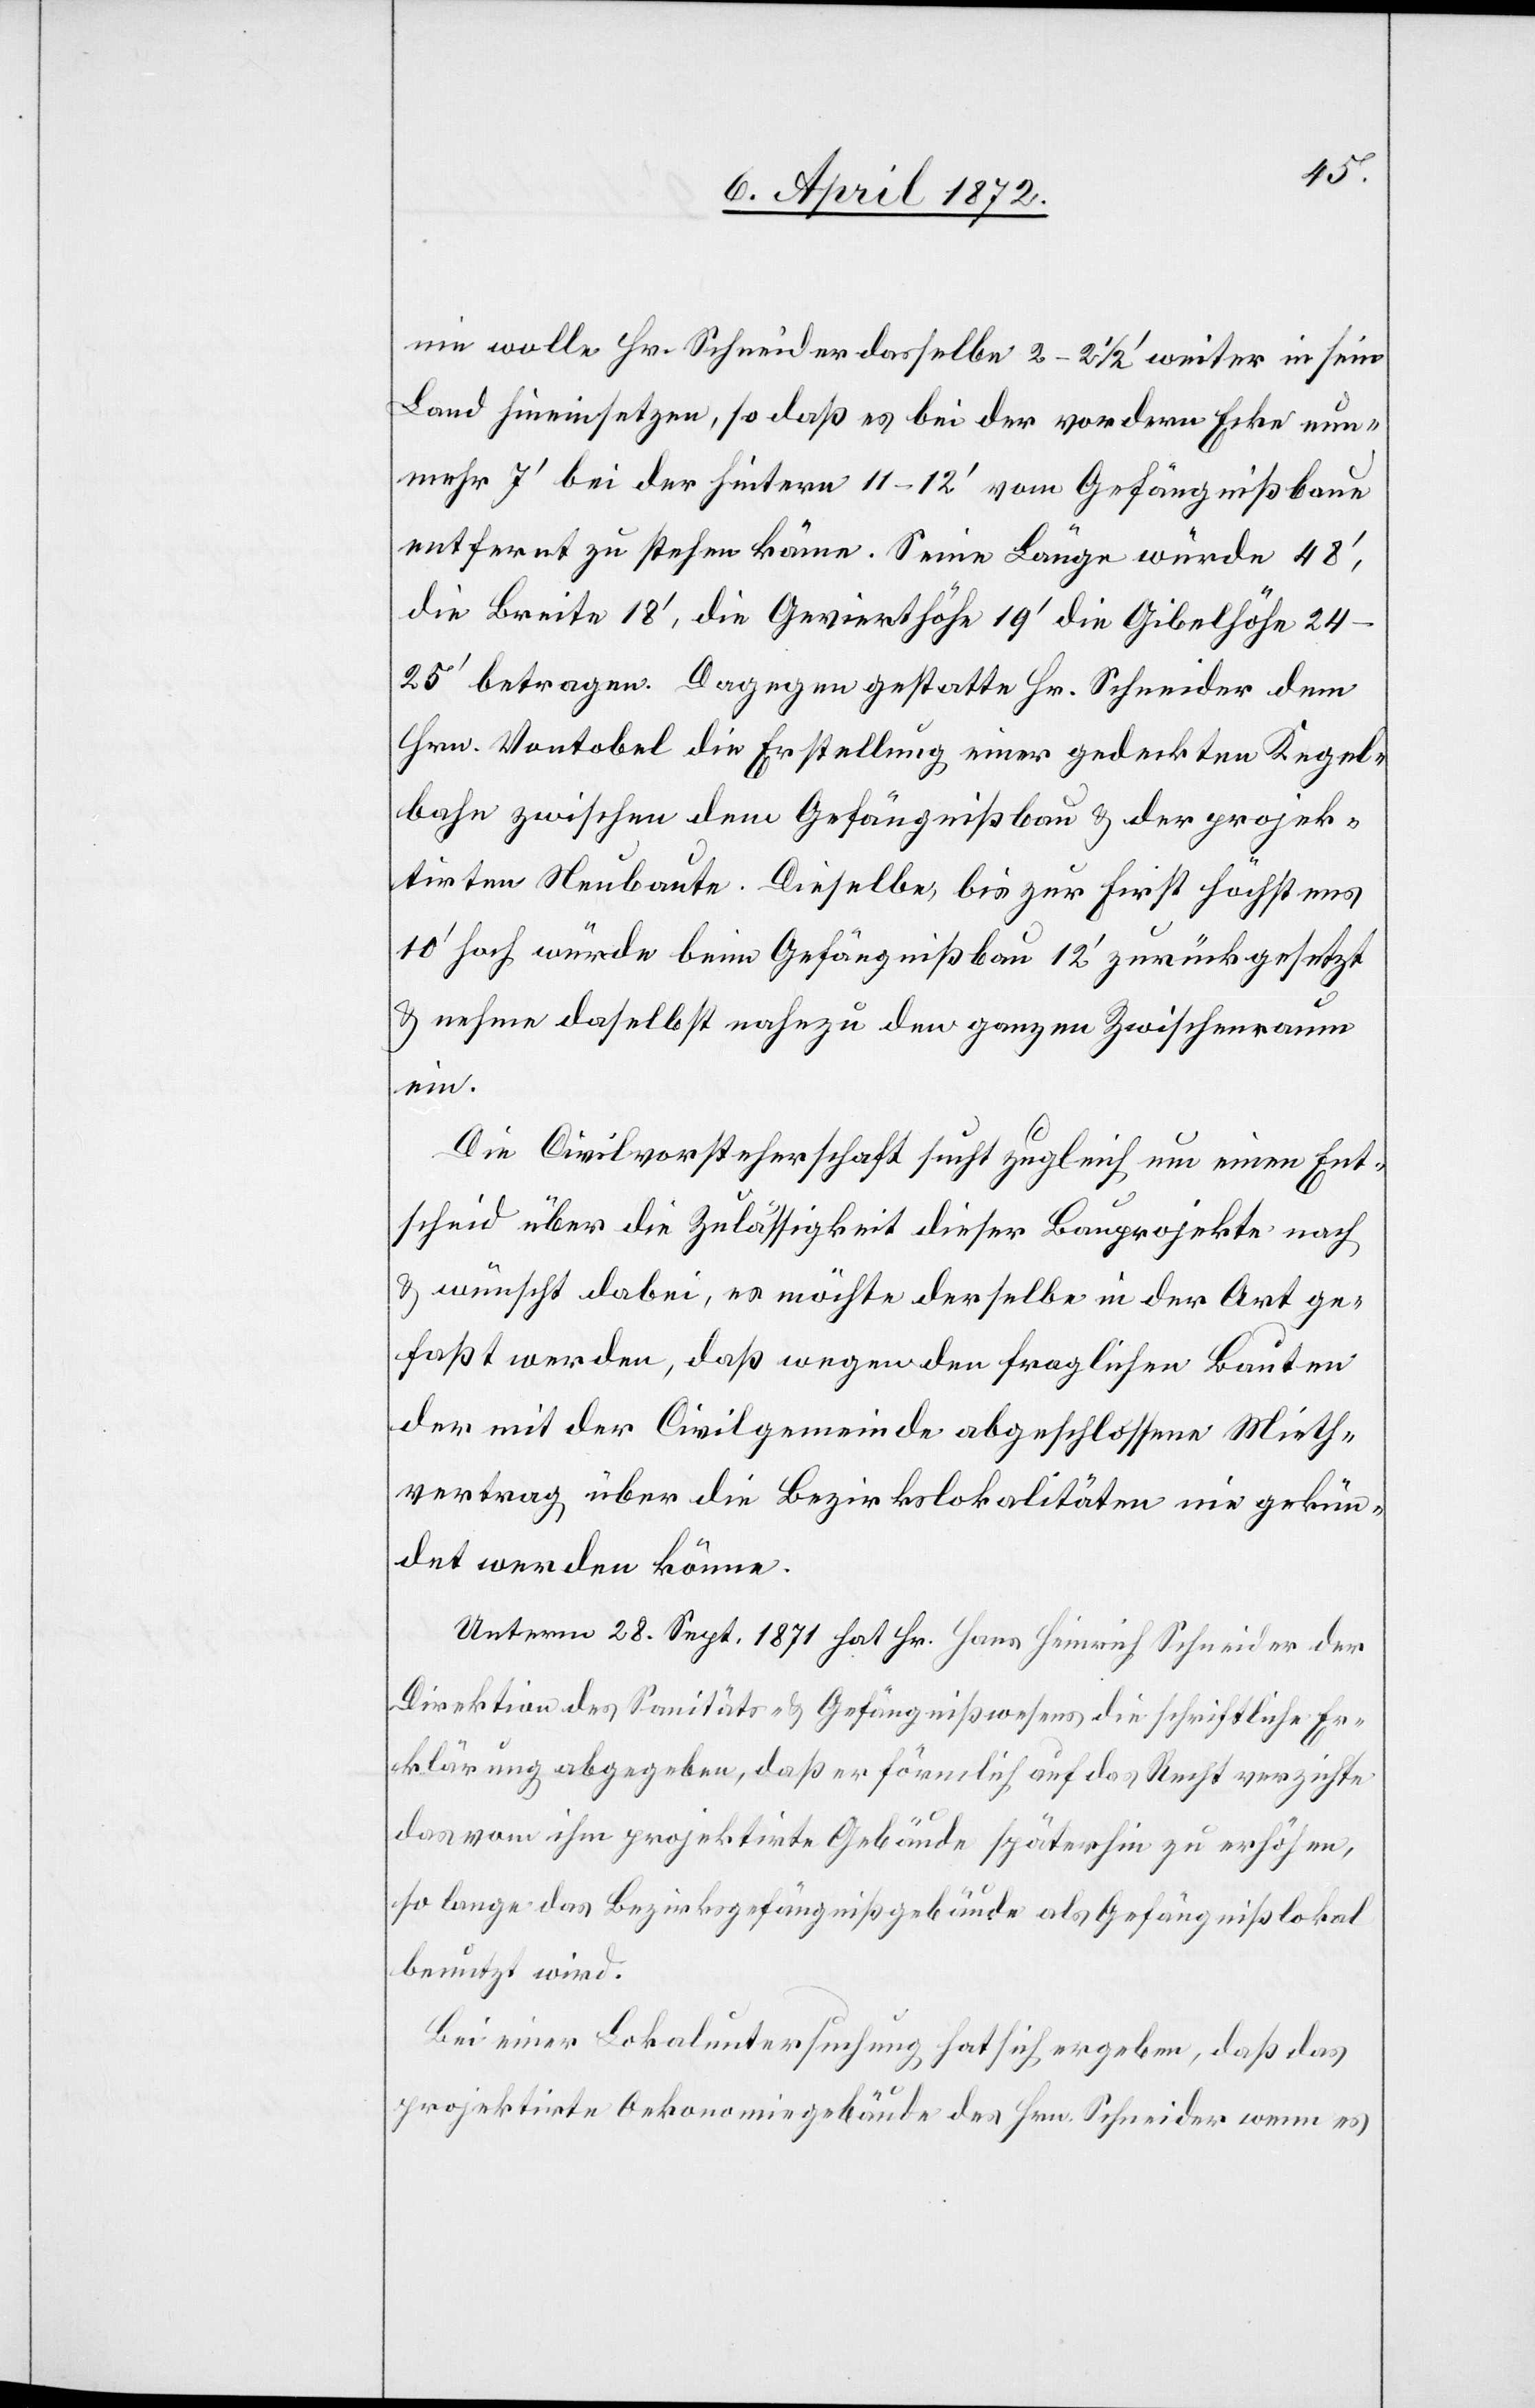
nie wolle Hr. Schneider dasselbe 2–2 1/2’ weiter in sein
Land hineinsetzen, so daß es bei der vordern Ecke nun¬
mehr 7’ bei der hintern 11–12’ vom Gefängnißbaue
entfernt zu stehen käme. Seine Länge würde 48’,
die Breite 18’, die Gevierthöhe 19’[,] die Gibelhöhe
24–25’ betragen. Dagegen gestatte Hr. Schneider dem
Hrn. Vontobel die Erstellung einer gedeckten Kegel¬
bahn zwischen dem Gefängnißbau u. der projek¬
tirten Neubaute. Dieselbe, bis zur First höchstens
10’ hoch würde beim Gefängnißbau 12’ zurückgesetzt
u. nehme daselbst nahezu den ganzen Zwischenraum
ein.
Die Civilvorsteherschaft sucht zugleich um einen Ent¬
scheid über die Zulässigkeit dieser Bauprojekte nach
u. wünscht dabei, es möchte derselbe in der Art ge¬
faßt werden, daß wegen den fraglichen Bauten
der mit der Civilgemeinde abgeschlossene Mieth¬
vertrag über die Bezirkslokalitäten nie gekün¬
det werden könne.
Unterm 28. Sept. 1871. hat Hr. Hans Heinrich Schneider der
Direktion des Sanitäts- u. Gefängnißwesens die schriftliche Er¬
klärung abgegeben, daß er förmlich auf das Recht verzichte
das von ihm projektirte Gebäude späterhin zu erhöhen,
so lange das Bezirksgefängnißgebäude als Gefängnißlokal
benutzt wird.
Bei einer Lokaluntersuchung hat sich ergeben, daß das
projektirte Oekonomiegebäude des Hrn. Schneider wenn es